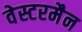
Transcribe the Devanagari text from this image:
वेस्टरमैन